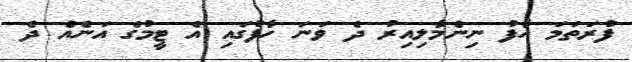
ފުރަތަމަ ހާފު ނިންމާލިއިރު ދެ ވަނަ ހާފުގައި އެ ޓީމުގެ އަނެއް ދެ